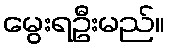
မွေးရဦးမည်။